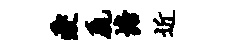
爱毳塘近